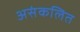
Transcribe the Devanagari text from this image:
असंकलित